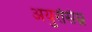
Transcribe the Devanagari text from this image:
अयुरसिम्न